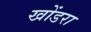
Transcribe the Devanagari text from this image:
खोंडरा